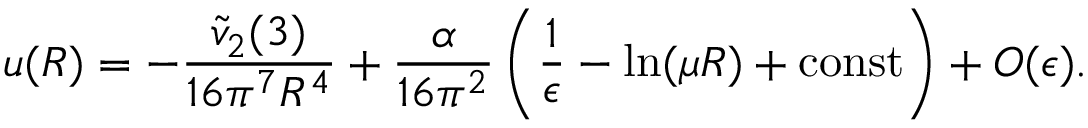
u ( R ) = - \frac { \tilde { v } _ { 2 } ( 3 ) } { 1 6 \pi ^ { 7 } R ^ { 4 } } + \frac { \alpha } { 1 6 \pi ^ { 2 } } \left( \frac { 1 } { \epsilon } - \ln ( \mu R ) + \mathrm { c o n s t } \right) + O ( \epsilon ) .